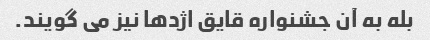
بله به آن جشنواره قایق اژدها نیز می گویند.